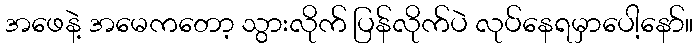
အဖေနဲ့ အမေကတော့ သွားလိုက် ပြန်လိုက်ပဲ လုပ်နေရမှာပေါ့နော်။